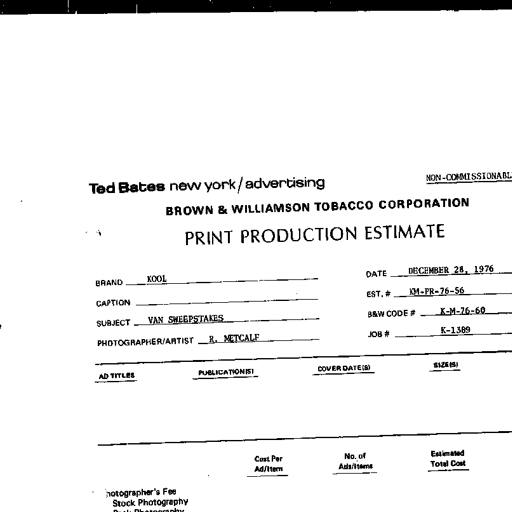
Ted Bates new york/advertising NON-COMMISSIONABL
BROWN & WILLIAMSON TOBACCO CORPORATION
PRINT PRODUCTION ESTIMATE
BRAND KOOL DATE DECEMBER 28, 1976
CAPTION EST. # KM-PR-76-56
SUBJECT VAN SWEEPSTAKES B&W CODE # K-M-76-60
PHOTOGRAPHER/ARTIST R. METCALF JOB # K-1389
AD TITLES PUBLICATION(S) COVER DATE(S) SIZE(S)
Cost Per Ad/Item No. of Ads/Items Estimated Total Cost
Photographer's Fee
Stock Photography